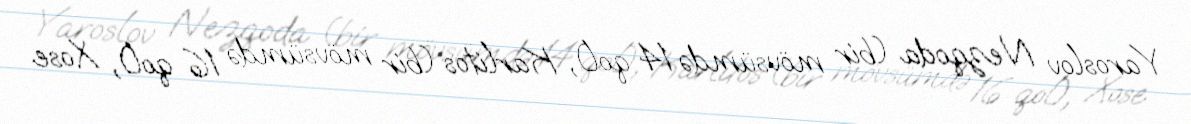
Yaroslov Nezqoda (bir mövsümdə 14 qol), Karlitos (bir mövsümdə 16 qol), Xose